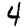
Digit: 4